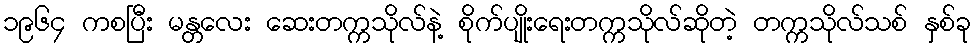
၁၉၆၄ ကစပြီး မန္တလေး ဆေးတက္ကသိုလ်နဲ့ စိုက်ပျိုးရေးတက္ကသိုလ်ဆိုတဲ့ တက္ကသိုလ်သစ် နှစ်ခု